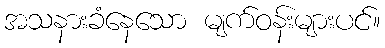
အသနားခံနေသော မျက်ဝန်းများပင်။